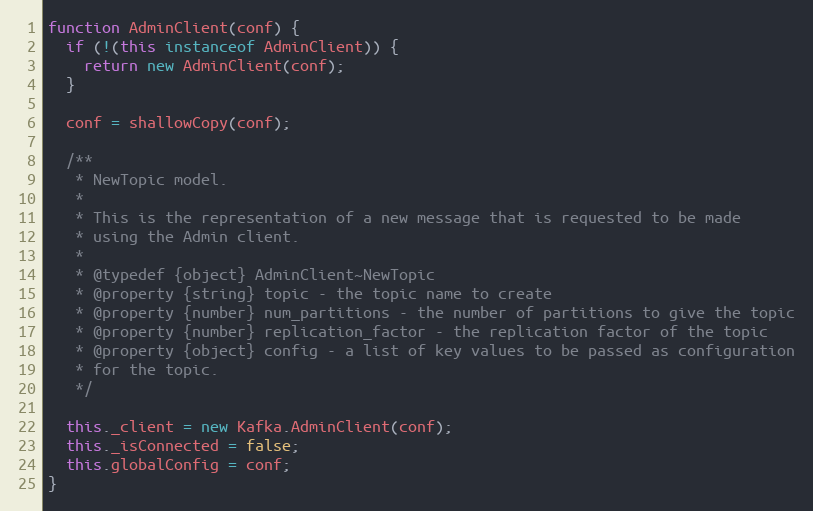
Language: JavaScript
function AdminClient(conf) {
  if (!(this instanceof AdminClient)) {
    return new AdminClient(conf);
  }

  conf = shallowCopy(conf);

  /**
   * NewTopic model.
   *
   * This is the representation of a new message that is requested to be made
   * using the Admin client.
   *
   * @typedef {object} AdminClient~NewTopic
   * @property {string} topic - the topic name to create
   * @property {number} num_partitions - the number of partitions to give the topic
   * @property {number} replication_factor - the replication factor of the topic
   * @property {object} config - a list of key values to be passed as configuration
   * for the topic.
   */

  this._client = new Kafka.AdminClient(conf);
  this._isConnected = false;
  this.globalConfig = conf;
}